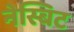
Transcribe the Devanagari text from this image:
नेस्बिट